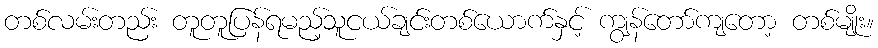
တစ်လမ်းတည်း တူတူပြန်ရမည့်သူငယ်ချင်းတစ်ယောက်နှင့် ကျွန်တော်ကျတော့ တစ်မျိုး။